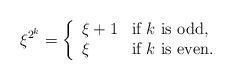
LaTeX: \begin{align*}\xi^{2^k} = \left\{\begin{array}{ll}\xi + 1 & \textrm{if $k$ is odd,}\\\xi & \textrm{if $k$ is even}.\end{array}\right.\end{align*}